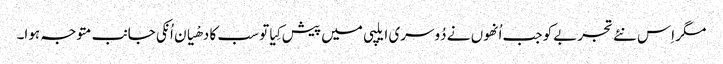
مگر اِس نئے تجربےکو جب اُنھوں نے دُوسری ایلپی میں پیش کِیا تو سب کا دھْیان اُنکی جانب متوجہ ہوا۔